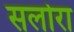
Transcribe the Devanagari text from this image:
सलोरा